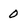
Character: 0